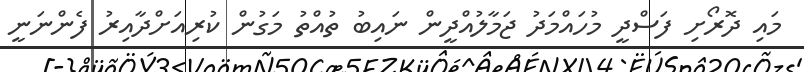
މައި ދޮރޯށި ފަސްދީ މުހައްމަދު ޖަމާލުއްދީން ނައިބު ތުއްތު މަގުން ކުރިއަށްދާއިރު ފެންނަނީ